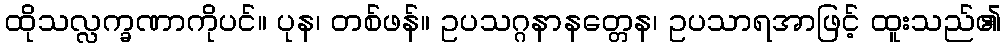
ထိုသလ္လက္ခဏာကိုပင်။ ပုန၊ တစ်ဖန်။ ဥပသဂ္ဂနာနတ္တေန၊ ဥပသာရအာဖြင့် ထူးသည်၏